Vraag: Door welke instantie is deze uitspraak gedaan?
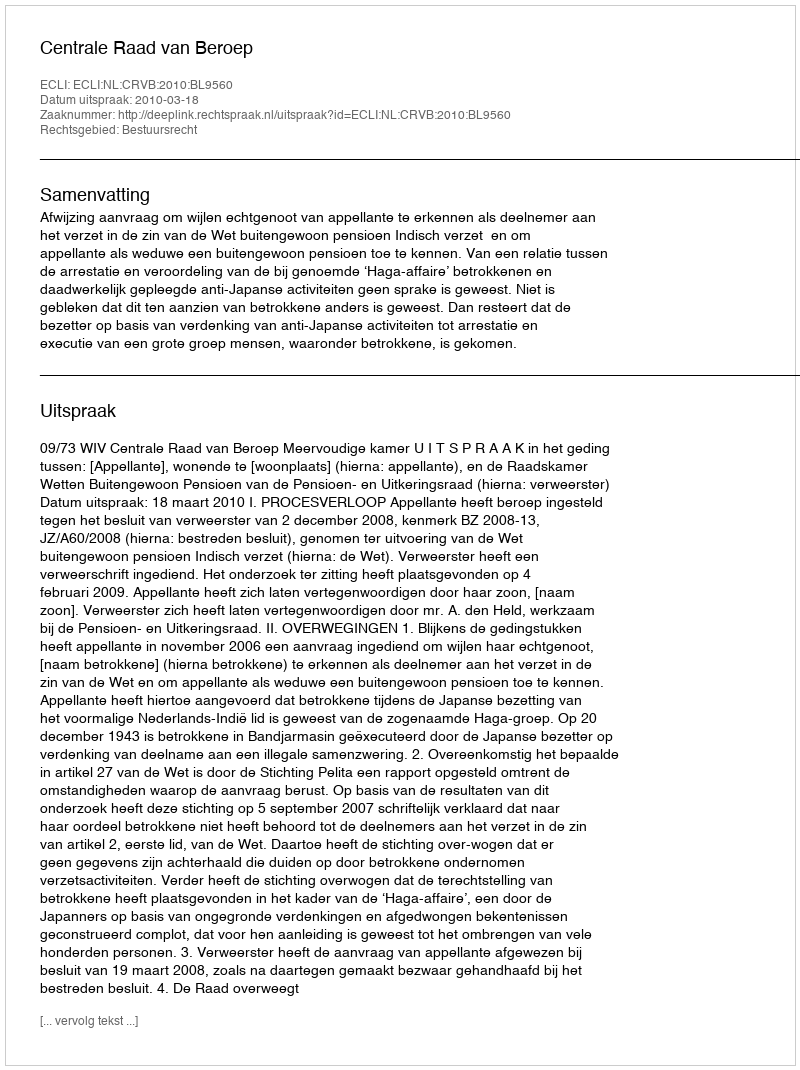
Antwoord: Centrale Raad van Beroep